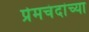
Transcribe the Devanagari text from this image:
प्रेमचंदांच्या